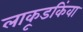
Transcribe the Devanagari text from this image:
लाकूडकिंवा